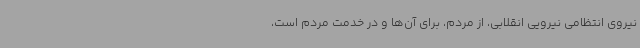
نیروی انتظامی نیرویی انقلابی، از مردم، برای آن‌ها و در خدمت مردم است،